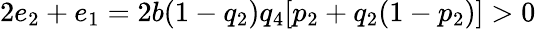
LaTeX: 2e_{2}+e_{1}=2b(1-q_{2})q_{4}[p_{2}+q_{2}(1-p_{2})]>0